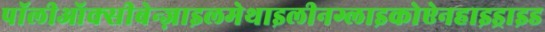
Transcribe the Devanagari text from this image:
पॉलीऑक्सीबेन्ज़ाइलमेथाइलीनग्लाइकोऐनहाइड्राइड